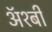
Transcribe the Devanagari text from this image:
ॲश्बी